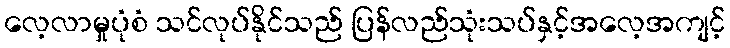
လေ့လာမှုပုံစံ သင်လုပ်နိုင်သည် ပြန်လည်သုံးသပ်နှင့်အလေ့အကျင့်